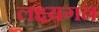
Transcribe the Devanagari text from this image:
लक्ष्यगत